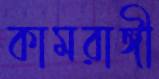
কামরাঙ্গী